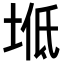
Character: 𡌠